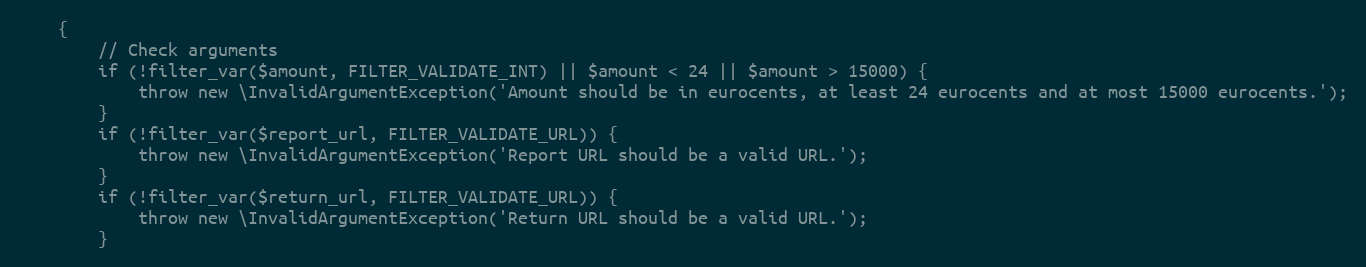
Language: PHP
    {
        // Check arguments
        if (!filter_var($amount, FILTER_VALIDATE_INT) || $amount < 24 || $amount > 15000) {
            throw new \InvalidArgumentException('Amount should be in eurocents, at least 24 eurocents and at most 15000 eurocents.');
        }
        if (!filter_var($report_url, FILTER_VALIDATE_URL)) {
            throw new \InvalidArgumentException('Report URL should be a valid URL.');
        }
        if (!filter_var($return_url, FILTER_VALIDATE_URL)) {
            throw new \InvalidArgumentException('Return URL should be a valid URL.');
        }